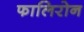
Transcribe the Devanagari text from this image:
फालिरोन